画像に写った文字を読んでください
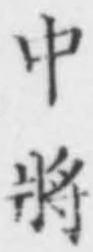
「中將」と書いてあります